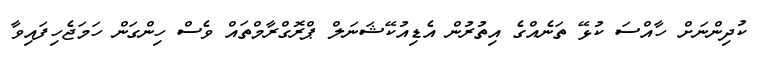
ކުދިންނަށް ހާއްސަ ކުޅޭ ތަނެއްގެ އިތުރުން އެޑިއުކޭޝަނަލް ޕްރޮގްރާމްތައް ވެސް ހިންގަން ހަމަޖެހިފައިވާ